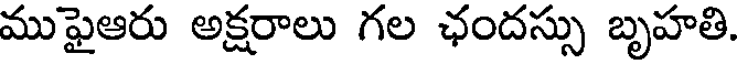
ముఫైఆరు అక్షరాలు గల ఛందస్సు బృహతి.